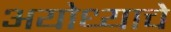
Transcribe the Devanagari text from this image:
अयोध्याचे